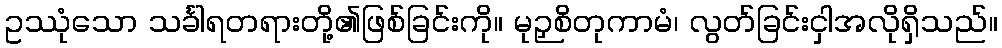
ဥဿုံသော သင်္ခါရတရားတို့၏ဖြစ်ခြင်းကို။ မုဉှစိတုကာမံ၊ လွတ်ခြင်းငှါအလိုရှိသည်။